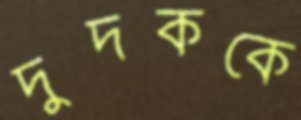
দুদককে